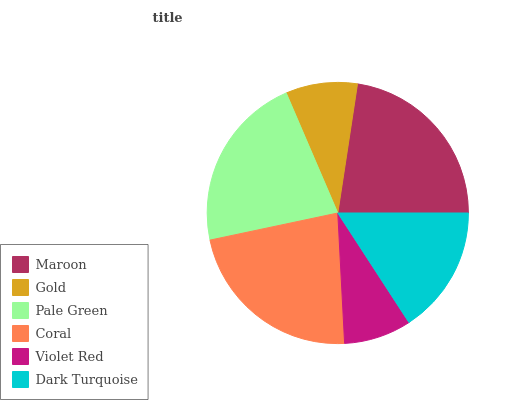
| Maroon | Gold | Pale Green | Coral | Violet Red | Dark Turquoise |
 | --- | --- | --- | --- | --- | --- |
 | 22.6% | 8.88% | 21.8% | 22.5% | 8.35% | 15.8% |